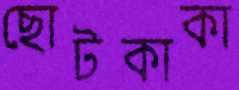
ছোটকাকা